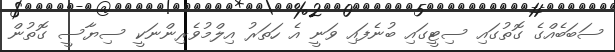
ސަބަބެއްގެ ގޮތުގައި ސިޓީގައި ބުނެފައި ވަނީ އެ ހަތަރު އިލްމުވެރިންނަކީ ސިޔާސީ ގޮތުން